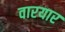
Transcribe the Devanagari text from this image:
वारयार